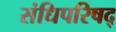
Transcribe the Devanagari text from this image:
संधिपरिषद्